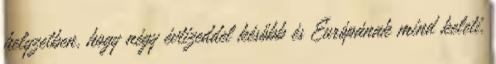
helyzetben, hogy négy évtizeddel később és Európának mind keleti,